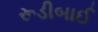
રૂડીબાઈ